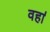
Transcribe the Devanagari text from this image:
वहा॑